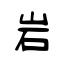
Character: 岩